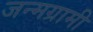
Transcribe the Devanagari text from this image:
जन्मग्रामी